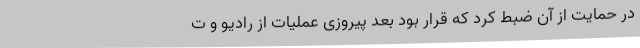
در حمایت از آن ضبط کرد که قرار بود بعد پیروزی عملیات از رادیو و ت